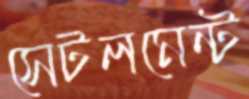
সেটলমেন্ট